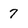
Character: 7